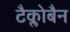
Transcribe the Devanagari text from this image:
टैक्लोबैन